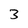
Character: 3